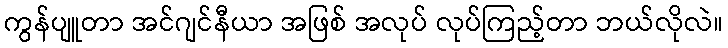
ကွန်ပျူတာ အင်ဂျင်နီယာ အဖြစ် အလုပ် လုပ်ကြည့်တာ ဘယ်လိုလဲ။